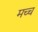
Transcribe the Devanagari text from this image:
मच्च